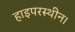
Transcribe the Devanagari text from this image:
हाइपरस्थीन।